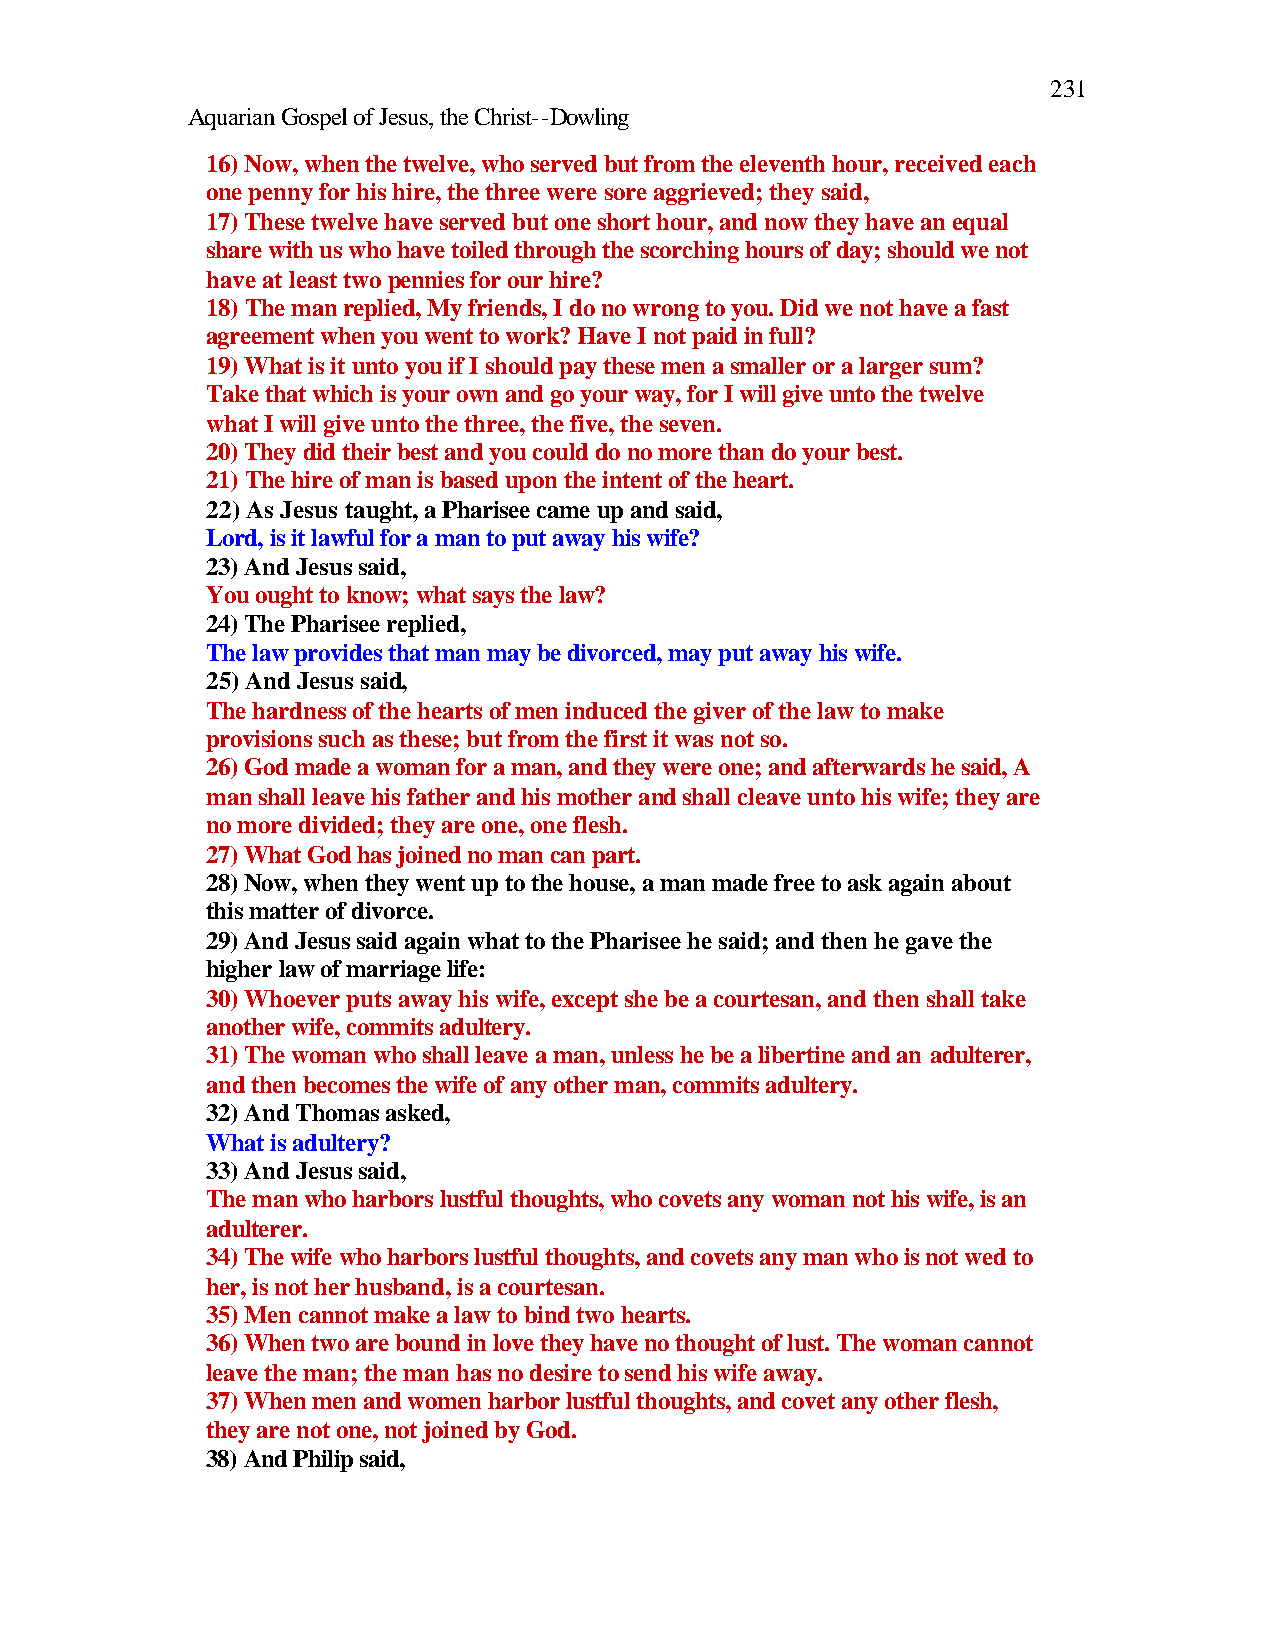
231
 Aquarian Gospel of Jesus, the Christ--Dowling
 16) Now, when the twelve, who served but from the eleventh hour, received each
 one penny for his hire, the three were sore aggrieved; they said,
 17) These twelve have served but one short hour, and now they have an equal
 share with us who have toiled through the scorching hours of day; should we not
 have at least two pennies for our hire?
 18) The man replied, My friends, I do no wrong to you. Did we not have a fast
 agreement when you went to work? Have I not paid in full?
 19) What is it unto you if I should pay these men a smaller or a larger sum?
 Take that which is your own and go your way, for I will give unto the twelve
 what I will give unto the three, the five, the seven.
 20) They did their best and you could do no more than do your best.
 21) The hire of man is based upon the intent of the heart.
 22) As Jesus taught, a Pharisee came up and said,
 Lord, is it lawful for a man to put away his wife?
 23) And Jesus said,
 You ought to know; what says the law?
 24) The Pharisee replied,
 The law provides that man may be divorced, may put away his wife.
 25) And Jesus said,
 The hardness of the hearts of men induced the giver of the law to make
 provisions such as these; but from the first it was not so.
 26) God made a woman for a man, and they were one; and afterwards he said, A
 man shall leave his father and his mother and shall cleave unto his wife; they are
 no more divided; they are one, one flesh.
 27) What God has joined no man can part.
 28) Now, when they went up to the house, a man made free to ask again about
 this matter of divorce.
 29) And Jesus said again what to the Pharisee he said; and then he gave the
 higher law of marriage life:
 30) Whoever puts away his wife, except she be a courtesan, and then shall take
 another wife, commits adultery.
 31) The woman who shall leave a man, unless he be a libertine and an adulterer,
 and then becomes the wife of any other man, commits adultery.
 32) And Thomas asked,
 What is adultery?
 33) And Jesus said,
 The man who harbors lustful thoughts, who covets any woman not his wife, is an
 adulterer.
 34) The wife who harbors lustful thoughts, and covets any man who is not wed to
 her, is not her husband, is a courtesan.
 35) Men cannot make a law to bind two hearts.
 36) When two are bound in love they have no thought of lust. The woman cannot
 leave the man; the man has no desire to send his wife away.
 37) When men and women harbor lustful thoughts, and covet any other flesh,
 they are not one, not joined by God.
 38) And Philip said,